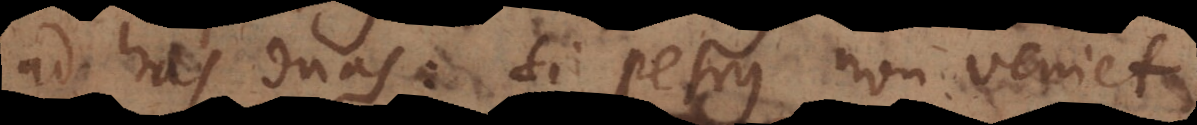
ad has duas: Si Petrus non veniet